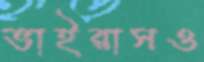
ভাইরাসও